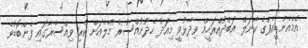
އެމްއެންޑީއެފްގެ ކާނަލް އަބްދުއްރަހީމް ވިދާޅުވީ މިއަދު ހެދުނުއްސުރެ މާލެއަށް ކުރި ވިއްސާރާގައި ފެންބޮޑުވެ